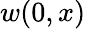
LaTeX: w(0,x)